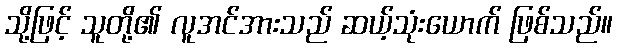
သို့ဖြင့် သူတို့၏ လူအင်အားသည် ဆယ့်သုံးယောက် ဖြစ်သည်။